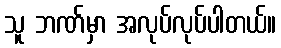
သူ ဘဏ်မှာ အလုပ်လုပ်ပါတယ်။